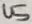
Text: U5